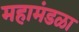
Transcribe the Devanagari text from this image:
महामंडळा